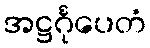
အဋ္ဌင်္ဂုပေတံ